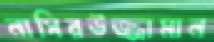
নাসিরউজ্জামান